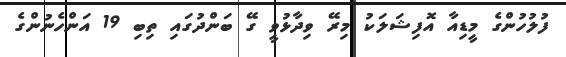
ފުލުހުންގެ މީޑިއާ އޮފިޝަލަކު މިރޭ ވިދާޅުވީ ގޭ ބަންދުގައި ތިބި 19 އަންހެނުންގެ